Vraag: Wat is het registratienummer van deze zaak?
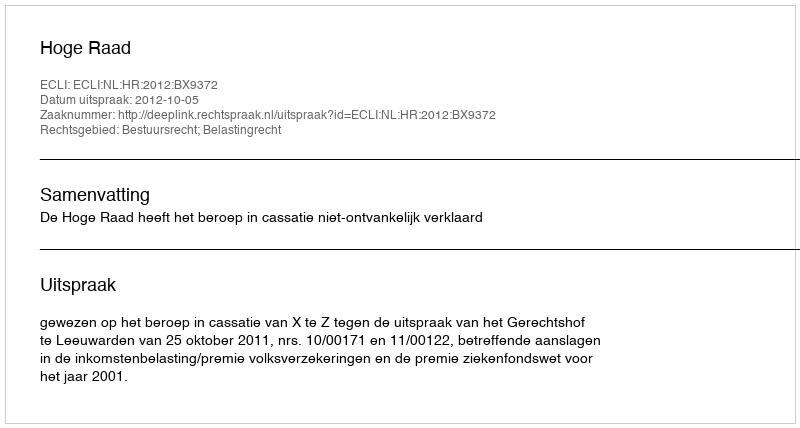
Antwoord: http://deeplink.rechtspraak.nl/uitspraak?id=ECLI:NL:HR:2012:BX9372